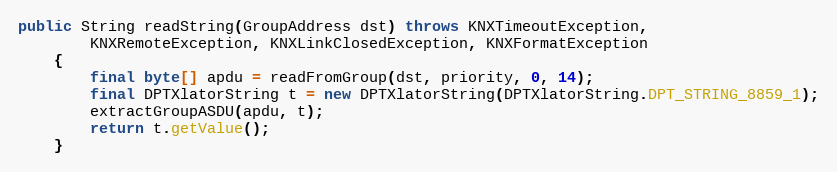
Language: Java
public String readString(GroupAddress dst) throws KNXTimeoutException,
		KNXRemoteException, KNXLinkClosedException, KNXFormatException
	{
		final byte[] apdu = readFromGroup(dst, priority, 0, 14);
		final DPTXlatorString t = new DPTXlatorString(DPTXlatorString.DPT_STRING_8859_1);
		extractGroupASDU(apdu, t);
		return t.getValue();
	}